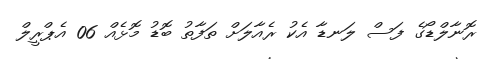
ރޮނާލްޑޯގެ ފަސް ލަނޑާ އެކު ރެއާލަށް ތަފާތު ބޮޑު މޮޅެއް 06 އެޕްރީލް